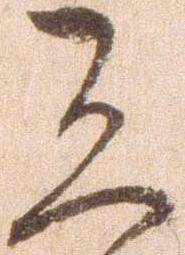
恐